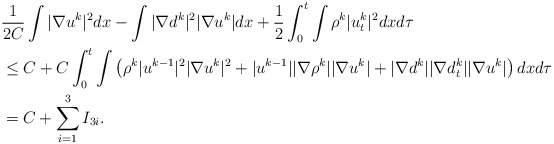
\begin{align*}\begin{aligned}& \frac{1}{2C}\int |\nabla u^k|^2 dx-\int |\nabla d^k|^2|\nabla u^k|dx+\frac{1}{2}\int_0^t\int \rho^k |u_t^k|^2dxd\tau\\& \le C+C\int_0^t \int \left(\rho^k |u^{k-1}|^2|\nabla u^k|^2+|u^{k-1}| |\nabla \rho^k| |\nabla u^k|+|\nabla d^k| |\nabla d_t^k| |\nabla u^k|\right)dxd\tau\\&=C+\sum_{i=1}^3 I_{3i}.\end{aligned}\end{align*}